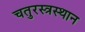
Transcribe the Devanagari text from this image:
चतुरस्त्रस्थान